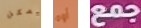
يمكن أوه جمع